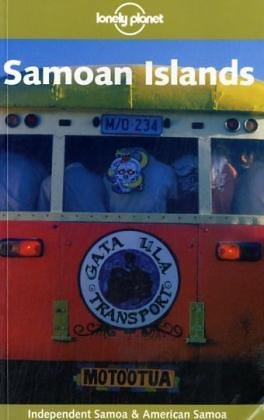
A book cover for Lonely Planet Samoa, Western and American Samoa (Lonely Planet Samoan Islands); Deanna Swaney; Travel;